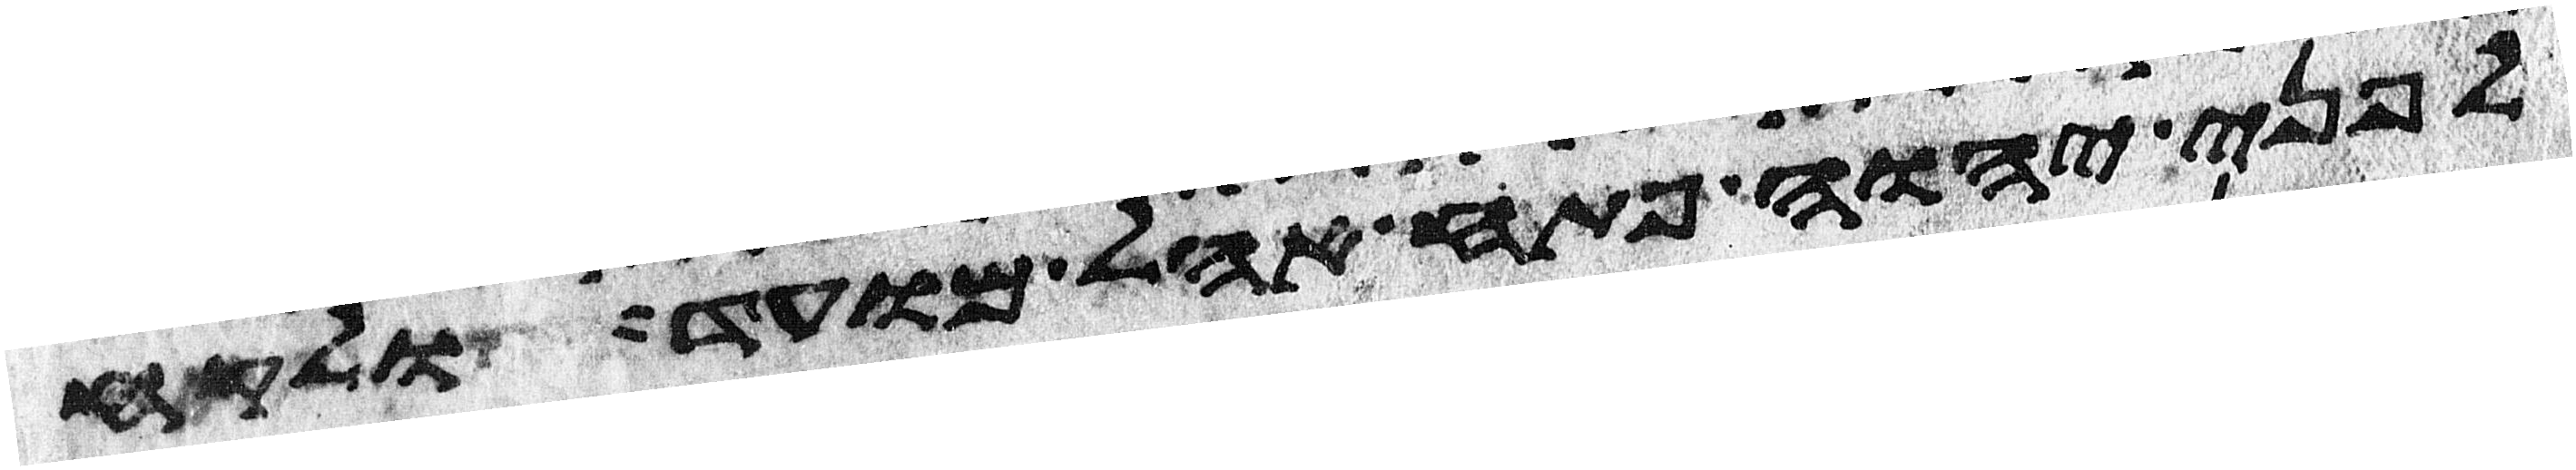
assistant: לפני יהוה פתח אהל מועד ולקח